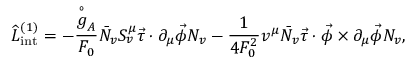
\widehat { \cal L } _ { \mathrm { i n t } } ^ { ( 1 ) } = - \frac { \stackrel { \circ } { g } _ { A } } { F _ { 0 } } \bar { \cal N } _ { v } S _ { v } ^ { \mu } \vec { \tau } \cdot \partial _ { \mu } \vec { \phi } { \cal N } _ { v } - \frac { 1 } { 4 F _ { 0 } ^ { 2 } } v ^ { \mu } \bar { \cal N } _ { v } \vec { \tau } \cdot \vec { \phi } \times \partial _ { \mu } \vec { \phi } { \cal N } _ { v } ,